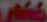
خضار